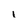
Character: i